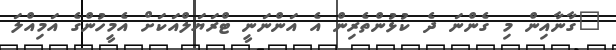
"ގާނާއިން މި ގެންނަ ދެ ކުޅުންތެރިން އެ އަންނަނީ ޓްރަޔަލްއަކަށް އެމީހުންގެ އަމިއްލަ